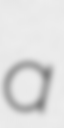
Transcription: a